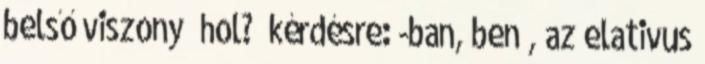
belső viszony „hol?” kérdésre: -ban, ben , az elativus